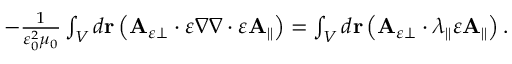
\begin{array} { r } { - \frac { 1 } { \varepsilon _ { 0 } ^ { 2 } \mu _ { 0 } } \int _ { V } d \mathbf { r } \left( \mathbf { A } _ { \varepsilon \perp } \cdot \varepsilon \nabla \nabla \cdot \varepsilon \mathbf { A } _ { \parallel } \right) = \int _ { V } d \mathbf { r } \left( \mathbf { A } _ { \varepsilon \perp } \cdot \lambda _ { \parallel } \varepsilon \mathbf { A } _ { \parallel } \right) . } \end{array}